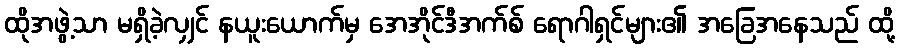
ထိုအဖွဲ့သာ မရှိခဲ့လျှင် နယူးယောက်မှ အေအိုင်ဒီအက်စ် ရောဂါရှင်များ၏ အခြေအနေသည် ထို့